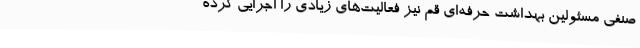
صنفی مسئولین بهداشت حرفه‌ای قم نیز فعالیت‌های زیادی را اجرایی کرده